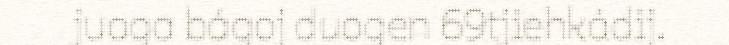
juoga bágoj duogen 69tjiehkádij.